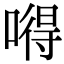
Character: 嘚